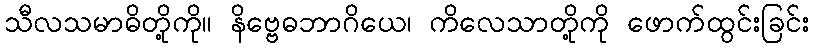
သီလသမာဓိတို့ကို။ နိဗ္ဗေဓဘာဂိယေ၊ ကိလေသာတို့ကို ဖောက်ထွင်းခြင်း